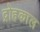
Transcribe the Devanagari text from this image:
द्रोहकाल